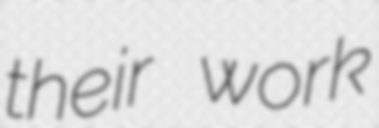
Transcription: their work